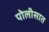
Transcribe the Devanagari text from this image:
पोलीसात